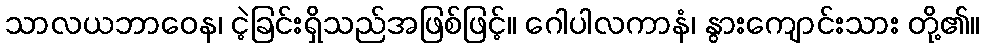
သာလယဘာဝေန၊ ငဲ့ခြင်းရှိသည်အဖြစ်ဖြင့်။ ဂေါပါလကာနံ၊ နွားကျောင်းသား တို့၏။